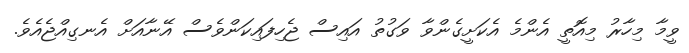
ވީމާ މިހާރު މިއޮތީ އެންމެ އެކަށީގެންވާ ވަގުތު އައިސް ޖެހިފައިކަންވެސް އޭނާއަށް އެނގިއްޖެއެވެ.